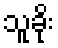
သူခိုး